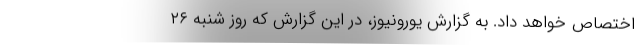
اختصاص خواهد داد. به گزارش یورونیوز، در این گزارش که روز شنبه ۲۶